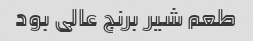
طعم شیر برنج عالی بود